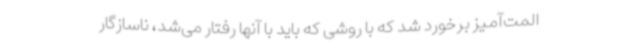
المت‌آمیز برخورد شد که با روشی که باید با آنها رفتار می‌شد، ناسازگار